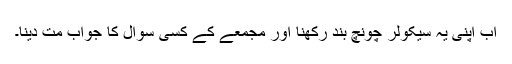
اب اپنی یہ سیکولر چونچ بند رکھنا اور مجمعے کے کسی سوال کا جواب مت دینا۔